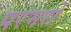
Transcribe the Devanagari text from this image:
परमरों